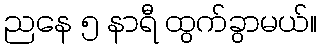
ညနေ ၅ နာရီ ထွက်ခွာမယ်။